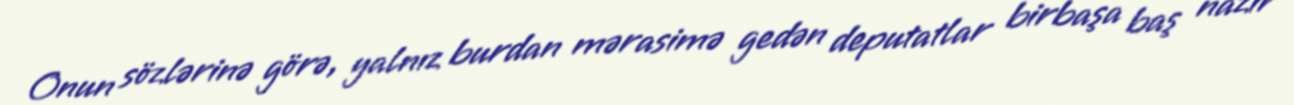
Onun sözlərinə görə, yalnız burdan mərasimə gedən deputatlar birbaşa baş nazir